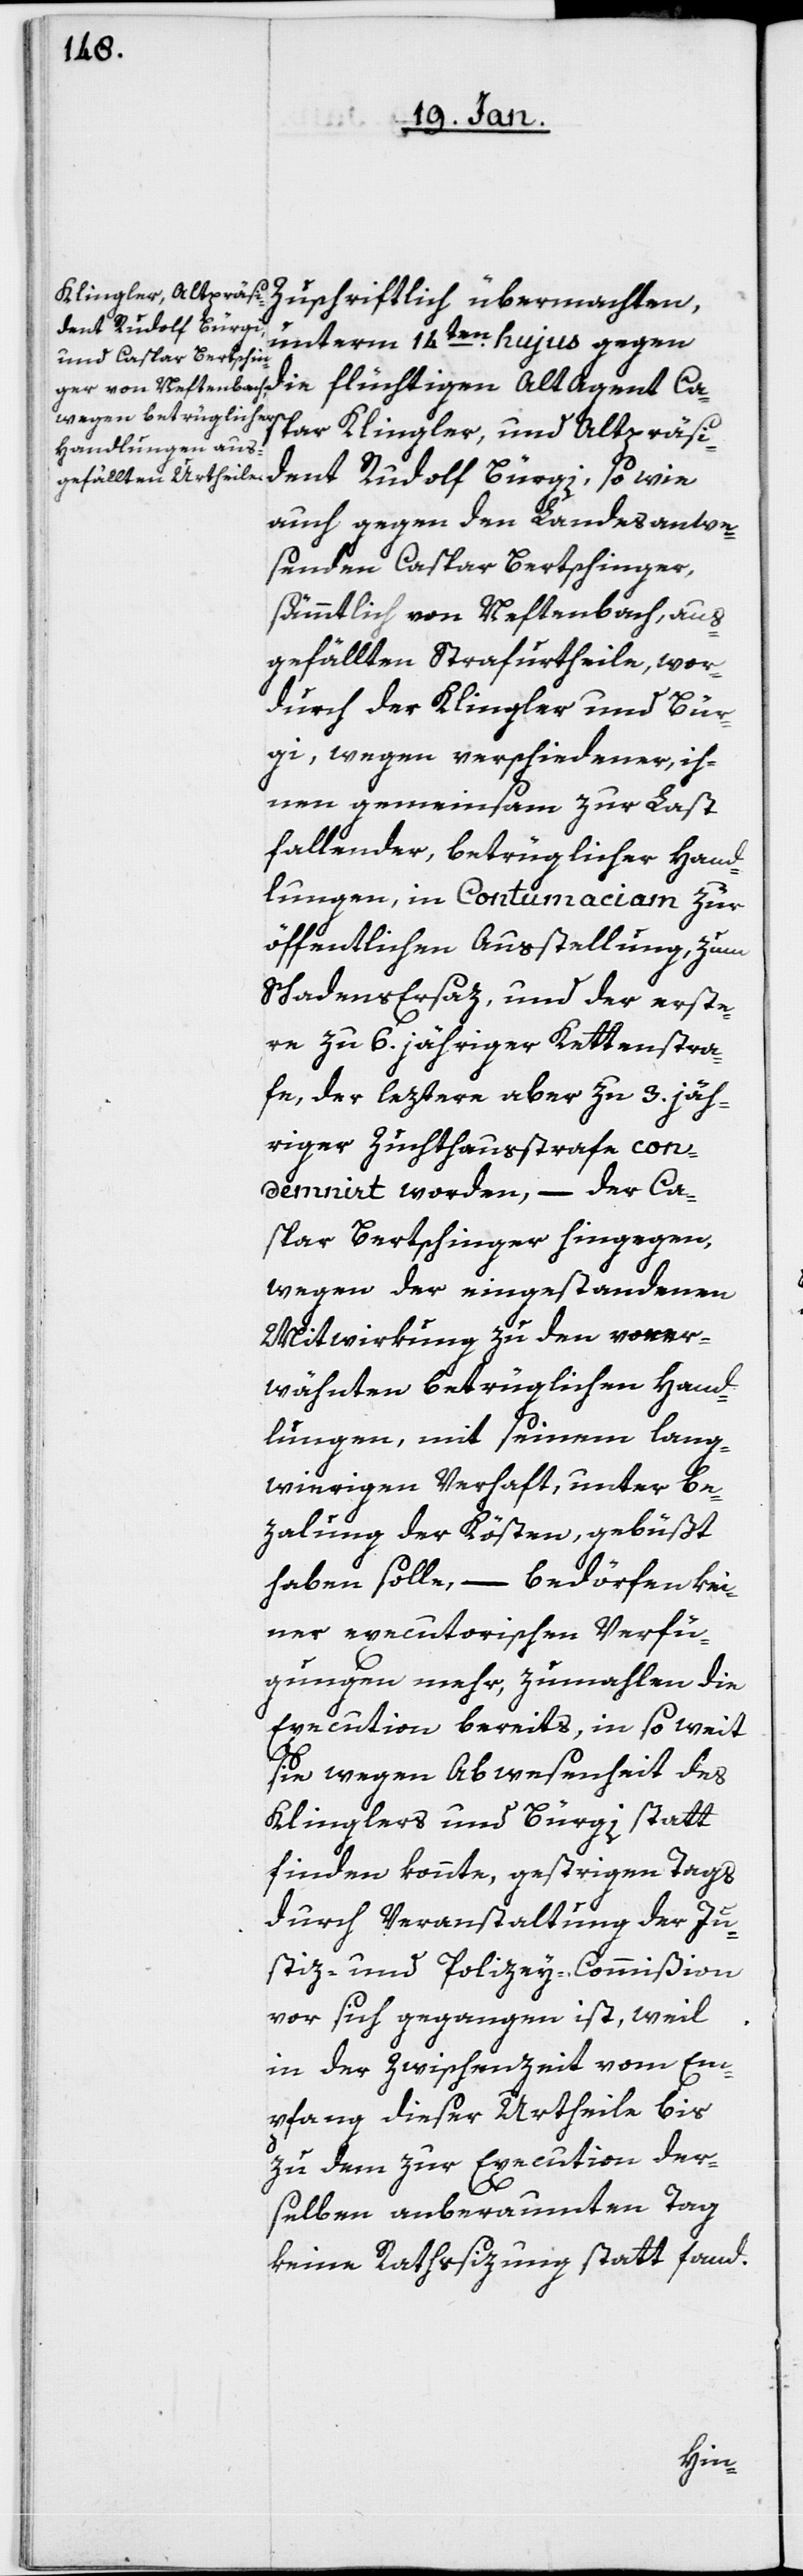
Zuschriftlich übermachten,
unterm 14ten. hujus gegen
die flüchtigen Altagent Ca¬
spar Klingler und Altpräsi¬
dent Rudolf Bürgi, sowie
auch gegen den Landesanwe¬
senden Caspar Bertschinger,
sämmtlich von Neftenbach, aus¬
gefällten Strafurtheile, wor¬
durch der Klingler und Bür¬
gi, wegen verschiedener, ih¬
nen gemeinsam zur Last
fallender, betrüglicher Hand¬
lungen, in contumaciam zur
öffentlichen Ausstellung, zum
Schadensersaz und der erse¬
re zu 6. jähriger Kettenstra¬
fe, der leztere aber zu 3. jäh¬
riger Zuchthausstrafe con¬
demnirt worden, – der Ca¬
spar Bertschinger hingegen,
wegen der eingestandenen
Mitwirkung zu den vorer¬
wähnten betrüglichen Hand¬
lungen, mit seinem lang¬
wierigen Verhaft, unter Be¬
zahlung der Kösten, gebüßt
haben solle, – bedörfen kei¬
ner executorischen Verfü¬
gungen mehr, zumahlen die
Execution bereits, in so weit
sie wegen Abwesenheit des
Klinglers und Bürgi statt
finden konnte, gestrigen Tags
durch Veranstaltung der Ju¬
stiz- und Polizey-Commißion
vor sich gegangen ist, weil
in der Zwischenzeit vom Em¬
pfang dieser Urtheile bis
zu dem zur Execution der¬
selben anberaumten Tag
keine Rathsizung statt fand.